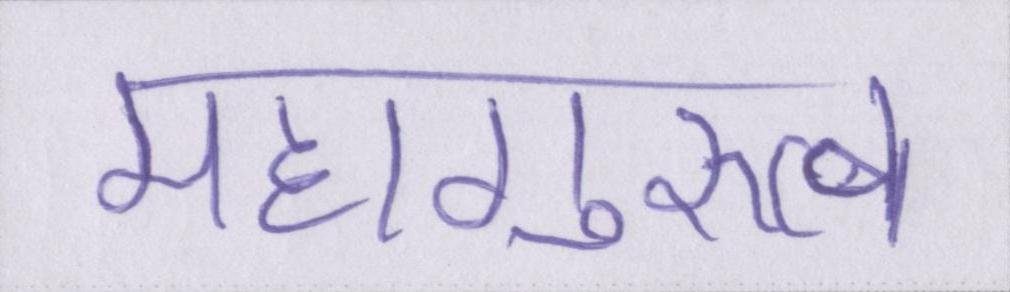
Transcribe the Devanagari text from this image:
महागुरुत्व